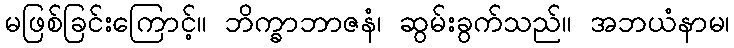
မဖြစ်ခြင်းကြောင့်။ ဘိက္ခာဘာဇနံ၊ ဆွမ်းခွက်သည်။ အဘယံနာမ၊